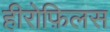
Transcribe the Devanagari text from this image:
हीरोफ़िलस